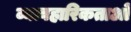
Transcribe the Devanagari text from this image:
व्यावहारिकताओ